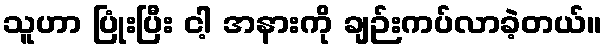
သူဟာ ပြုံးပြီး ငါ့ အနားကို ချဉ်းကပ်လာခဲ့တယ်။